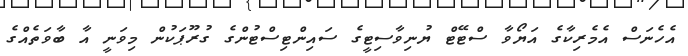
އެހެނަސް އެމެރިކާގެ އަޔޯވާ ސްޓޭޓް ޔުނިވާސިޓީގެ ސައިންޓިސްޓުންގެ ގުރޫޕަކުން މިވަނީ އާ ބާވަތެއްގެ